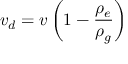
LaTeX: v _ { d } = v \left( 1 - { \frac { \rho _ { e } } { \rho _ { g } } } \right)